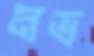
নভ